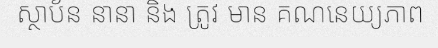
ស្ថាប័ន នានា និង ត្រូវ មាន គណនេយ្យភាព